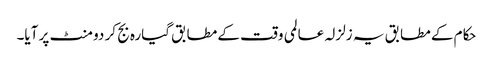
حکام کے مطابق یہ زلزلہ عالمی وقت کے مطابق گیارہ بج کر دو منٹ پر آیا۔